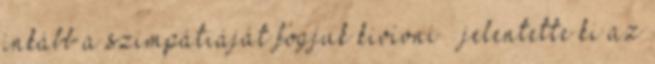
inkább a szimpátiáját fogjuk kivívni – jelentette ki az